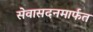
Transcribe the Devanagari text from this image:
सेवासदनमार्फत